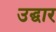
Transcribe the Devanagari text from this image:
उद्घार